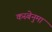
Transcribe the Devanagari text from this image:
कस्बेनुमा